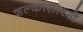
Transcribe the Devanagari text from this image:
शल्कासारखे